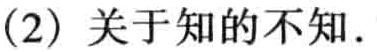
(2) 关于知的不知.